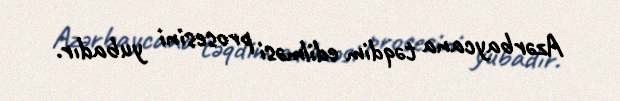
Azərbaycana təqdim edilməsi prosesini yubadır.